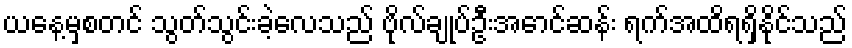
ယနေ့မှစတင် သွတ်သွင်းခဲ့လေသည် ဗိုလ်ချုပ်ဦးအောင်ဆန်း ရက်အထိရရှိနိုင်သည်